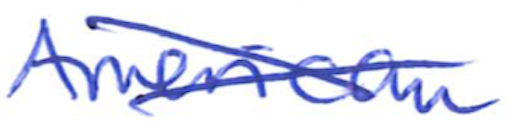
Text: American
Cross-out: mix
Writing tool: ballpoint